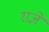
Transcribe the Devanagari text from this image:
राज्ञे